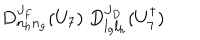
D _ { n _ { h } n _ { g } } ^ { J _ { F } } ( U _ { 7 } ) \; D _ { l _ { g } l _ { h } } ^ { J _ { D } } ( U _ { 7 } ^ { \dagger } )